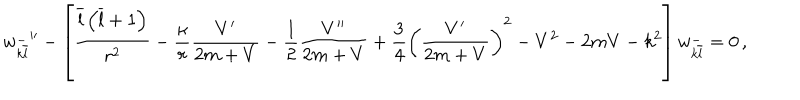
w _ { k \overline { { l } } } ^ { - } { ' ^ { \prime } } - \left[ \frac { \overline { { l } } \left( \overline { { l } } + 1 \right) } { r ^ { 2 } } - \frac { \kappa } { r } \frac { V ^ { \prime } } { 2 m + V } - \frac { 1 } { 2 } \frac { V ^ { \prime \prime } } { 2 m + V } + \frac { 3 } { 4 } \left( \frac { V ^ { \prime } } { 2 m + V } \right) ^ { 2 } - V ^ { 2 } - 2 m V - k ^ { 2 } \right] w _ { k \overline { { l } } } ^ { - } = 0 \, ,